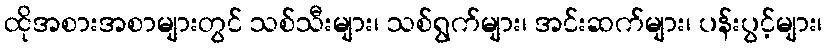
ထိုအစားအစာများတွင် သစ်သီးများ၊ သစ်ရွက်များ၊ အင်းဆက်များ၊ ပန်းပွင့်များ၊